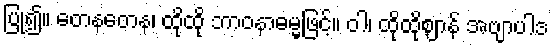
ပြု၍။ တေနတေန၊ ထိုထို ဘာဝနာဓမ္မဖြင့်။ ဝါ၊ ထိုထိုဈာန် အဗျာပါဒ